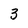
Character: 3